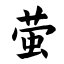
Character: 萤